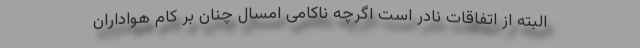
البته از اتفاقات نادر است اگرچه ناکامی امسال چنان بر کام هواداران